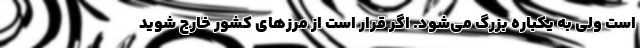
است ولی به یکباره بزرگ می‌شود. اگر قرار است از مرزهای کشور خارج شوید